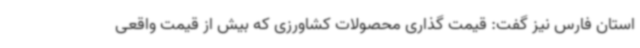
استان فارس نیز گفت: قیمت گذاری محصولات کشاورزی که بیش از قیمت واقعی